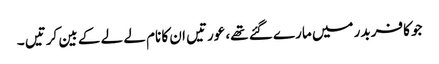
جو کافر بدر میں مارے گئے تھے، عورتیں ان کا نام لے لے کے بین کرتیں ۔